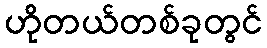
ဟိုတယ်တစ်ခုတွင်